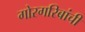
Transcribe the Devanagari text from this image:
गोरगरिबांची